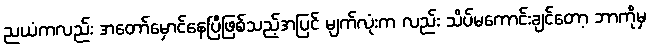
ညယံကလည်း အတော်မှောင်နေပြီဖြစ်သည့်အပြင် မျက်လုံးက လည်း သိပ်မကောင်းချင်တော့ ဘာကိုမှ